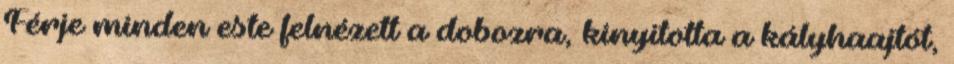
Férje minden este felnézett a dobozra, kinyitotta a kályhaajtót,